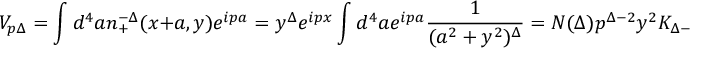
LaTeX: V _ { p \Delta } = \int d ^ { 4 } a n _ { + } ^ { - \Delta } ( x + a , y ) e ^ { i p a } = y ^ { \Delta } e ^ { i p x } \int d ^ { 4 } a e ^ { i p a } \frac { 1 } { ( a ^ { 2 } + y ^ { 2 } ) ^ { \Delta } } = N ( \Delta ) p ^ { \Delta - 2 } y ^ { 2 } K _ { \Delta - 2 } ( p y ) e ^ { i p x }